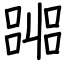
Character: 嘂